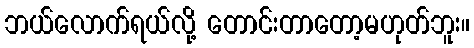
ဘယ်လောက်ရယ်လို့ တောင်းတာတော့မဟုတ်ဘူး။